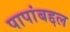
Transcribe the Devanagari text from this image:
पापांबद्दल